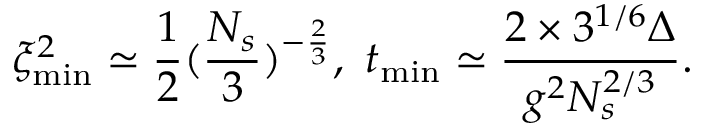
\xi _ { \mathrm { m i n } } ^ { 2 } \simeq \frac { 1 } { 2 } ( \frac { N _ { s } } { 3 } ) ^ { - \frac { 2 } { 3 } } , \mathrm { ~ } t _ { \mathrm { m i n } } \simeq \frac { 2 \times 3 ^ { 1 / 6 } \Delta } { g ^ { 2 } N _ { s } ^ { 2 / 3 } } .